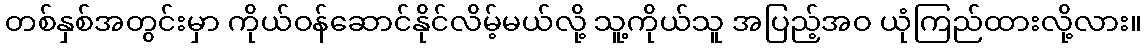
တစ်နှစ်အတွင်းမှာ ကိုယ်ဝန်ဆောင်နိုင်လိမ့်မယ်လို့ သူ့ကိုယ်သူ အပြည့်အဝ ယုံကြည်ထားလို့လား။